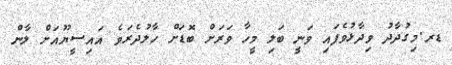
ޑރ.މިގުދާދު ވިދާޅުވެފައި ވަނީ ބަލި މީހާ ވަރަށް ބޮޑަށް ހާލުދެރަވެ އައިސީޔޫއަށް ލާން